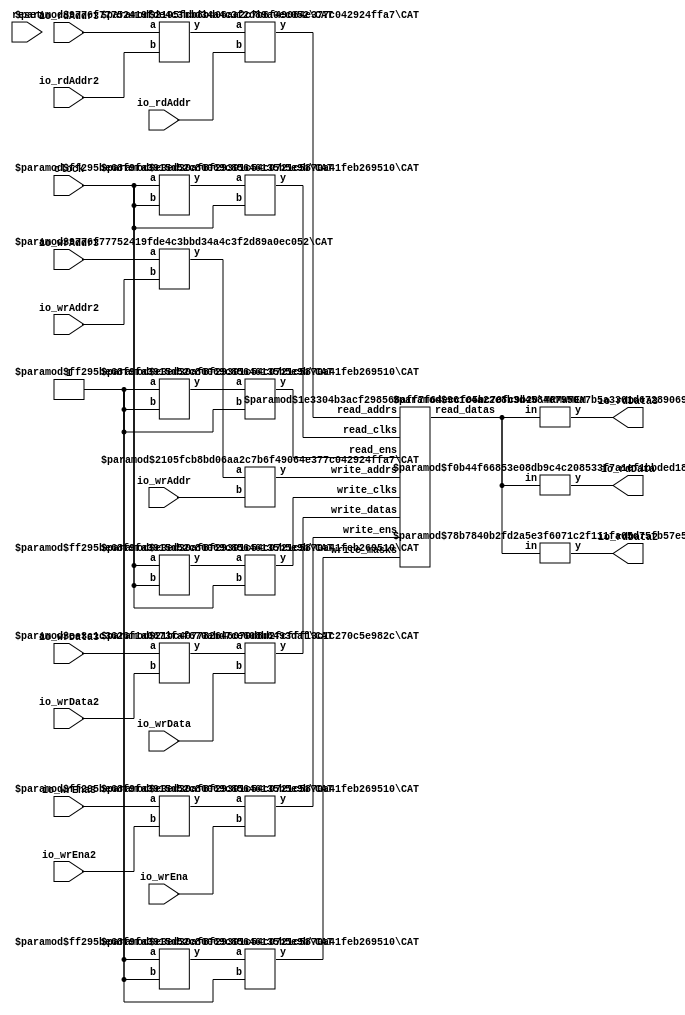
module Complex3R3WSMem(
    input clock,
    input reset,
    input [3:0] io_rdAddr,
    output [7:0] io_rdData,
    input [3:0] io_rdAddr2,
    output [7:0] io_rdData2,
    input [3:0] io_rdAddr3,
    output [7:0] io_rdData3,
    input io_wrEna,
    input [7:0] io_wrData,
    input [3:0] io_wrAddr,
    input io_wrEna2,
    input [7:0] io_wrData2,
    input [3:0] io_wrAddr2,
    input io_wrEna3,
    input [7:0] io_wrData3,
    input [3:0] io_wrAddr3
);
    wire [7:0] mem__T_37_data;
    wire mem__T_37_clk;
    wire mem__T_37_en;
    wire [3:0] mem__T_37_addr;
    wire [7:0] mem__T_38_data;
    wire mem__T_38_clk;
    wire mem__T_38_en;
    wire [3:0] mem__T_38_addr;
    wire [7:0] mem__T_39_data;
    wire mem__T_39_clk;
    wire mem__T_39_en;
    wire [3:0] mem__T_39_addr;
    wire mem__T_40_clk;
    wire mem__T_40_en;
    wire mem__T_40_mask;
    wire [3:0] mem__T_40_addr;
    wire [7:0] mem__T_40_data;
    wire mem__T_41_clk;
    wire mem__T_41_en;
    wire mem__T_41_mask;
    wire [3:0] mem__T_41_addr;
    wire [7:0] mem__T_41_data;
    wire mem__T_42_clk;
    wire mem__T_42_en;
    wire mem__T_42_mask;
    wire [3:0] mem__T_42_addr;
    wire [7:0] mem__T_42_data;
    wire [23:0] mem_read_datas;
    wire [2:0] mem_read_clks;
    wire [2:0] mem_read_ens;
    wire [11:0] mem_read_addrs;
    wire [2:0] mem_write_clks;
    wire [2:0] mem_write_ens;
    wire [2:0] mem_write_masks;
    wire [11:0] mem_write_addrs;
    wire [23:0] mem_write_datas;
    BITS #(.width(24), .high(7), .low(0)) bits_1 (
        .y(mem__T_37_data),
        .in(mem_read_datas)
    );
    BITS #(.width(24), .high(15), .low(8)) bits_2 (
        .y(mem__T_38_data),
        .in(mem_read_datas)
    );
    BITS #(.width(24), .high(23), .low(16)) bits_3 (
        .y(mem__T_39_data),
        .in(mem_read_datas)
    );
    wire [1:0] _WTEMP_0;
    CAT #(.width_a(1), .width_b(1)) cat_4 (
        .y(_WTEMP_0),
        .a(mem__T_39_clk),
        .b(mem__T_38_clk)
    );
    CAT #(.width_a(2), .width_b(1)) cat_5 (
        .y(mem_read_clks),
        .a(_WTEMP_0),
        .b(mem__T_37_clk)
    );
    wire [1:0] _WTEMP_1;
    CAT #(.width_a(1), .width_b(1)) cat_6 (
        .y(_WTEMP_1),
        .a(mem__T_39_en),
        .b(mem__T_38_en)
    );
    CAT #(.width_a(2), .width_b(1)) cat_7 (
        .y(mem_read_ens),
        .a(_WTEMP_1),
        .b(mem__T_37_en)
    );
    wire [7:0] _WTEMP_2;
    CAT #(.width_a(4), .width_b(4)) cat_8 (
        .y(_WTEMP_2),
        .a(mem__T_39_addr),
        .b(mem__T_38_addr)
    );
    CAT #(.width_a(8), .width_b(4)) cat_9 (
        .y(mem_read_addrs),
        .a(_WTEMP_2),
        .b(mem__T_37_addr)
    );
    wire [15:0] _WTEMP_3;
    CAT #(.width_a(8), .width_b(8)) cat_10 (
        .y(_WTEMP_3),
        .a(mem__T_42_data),
        .b(mem__T_41_data)
    );
    CAT #(.width_a(16), .width_b(8)) cat_11 (
        .y(mem_write_datas),
        .a(_WTEMP_3),
        .b(mem__T_40_data)
    );
    wire [1:0] _WTEMP_4;
    CAT #(.width_a(1), .width_b(1)) cat_12 (
        .y(_WTEMP_4),
        .a(mem__T_42_clk),
        .b(mem__T_41_clk)
    );
    CAT #(.width_a(2), .width_b(1)) cat_13 (
        .y(mem_write_clks),
        .a(_WTEMP_4),
        .b(mem__T_40_clk)
    );
    wire [1:0] _WTEMP_5;
    CAT #(.width_a(1), .width_b(1)) cat_14 (
        .y(_WTEMP_5),
        .a(mem__T_42_en),
        .b(mem__T_41_en)
    );
    CAT #(.width_a(2), .width_b(1)) cat_15 (
        .y(mem_write_ens),
        .a(_WTEMP_5),
        .b(mem__T_40_en)
    );
    wire [7:0] _WTEMP_6;
    CAT #(.width_a(4), .width_b(4)) cat_16 (
        .y(_WTEMP_6),
        .a(mem__T_42_addr),
        .b(mem__T_41_addr)
    );
    CAT #(.width_a(8), .width_b(4)) cat_17 (
        .y(mem_write_addrs),
        .a(_WTEMP_6),
        .b(mem__T_40_addr)
    );
    wire [1:0] _WTEMP_7;
    CAT #(.width_a(1), .width_b(1)) cat_18 (
        .y(_WTEMP_7),
        .a(mem__T_42_mask),
        .b(mem__T_41_mask)
    );
    CAT #(.width_a(2), .width_b(1)) cat_19 (
        .y(mem_write_masks),
        .a(_WTEMP_7),
        .b(mem__T_40_mask)
    );
    MRMWMEM #(.depth(16), .addrbits(4), .width(8), .readernum(3), .writernum(3), .isSyncRead(1)) mem (
        .read_datas(mem_read_datas),
        .read_clks(mem_read_clks),
        .read_ens(mem_read_ens),
        .read_addrs(mem_read_addrs),
        .write_clks(mem_write_clks),
        .write_ens(mem_write_ens),
        .write_masks(mem_write_masks),
        .write_addrs(mem_write_addrs),
        .write_datas(mem_write_datas)
    );
    assign mem__T_37_addr = io_rdAddr;
    assign mem__T_37_en = 1'h1;
    assign mem__T_37_clk = clock;
    assign mem__T_38_addr = io_rdAddr2;
    assign mem__T_38_en = 1'h1;
    assign mem__T_38_clk = clock;
    assign mem__T_39_addr = io_rdAddr3;
    assign mem__T_39_en = 1'h1;
    assign mem__T_39_clk = clock;
    assign mem__T_40_addr = io_wrAddr;
    assign mem__T_40_en = io_wrEna;
    assign mem__T_40_clk = clock;
    assign mem__T_40_mask = 1'h1;
    assign mem__T_41_addr = io_wrAddr2;
    assign mem__T_41_en = io_wrEna2;
    assign mem__T_41_clk = clock;
    assign mem__T_41_mask = 1'h1;
    assign mem__T_42_addr = io_wrAddr3;
    assign mem__T_42_en = io_wrEna3;
    assign mem__T_42_clk = clock;
    assign mem__T_42_mask = 1'h1;
    assign io_rdData = mem__T_37_data;
    assign io_rdData2 = mem__T_38_data;
    assign io_rdData3 = mem__T_39_data;
    assign mem__T_40_data = io_wrData;
    assign mem__T_41_data = io_wrData2;
    assign mem__T_42_data = io_wrData3;
endmodule //Complex3R3WSMem
module BITS(y, in);
    parameter width = 4;
    parameter high = 2;
    parameter low = 0;
    output [high-low:0] y;
    input [width-1:0] in;
    assign y = in[high:low];
endmodule // BITS
module CAT(y, a, b);
    parameter width_a = 4;
    parameter width_b = 4;
    output [width_a+width_b-1:0] y;
    input [width_a-1:0] a;
    input [width_b-1:0] b;
    assign y = {a, b};
endmodule // CAT
module MRMWMEM(read_datas, read_clks, read_ens, read_addrs, write_clks, write_ens, write_masks, write_addrs, write_datas);
    parameter depth = 16;
    parameter addrbits = 4;
    parameter width = 32;
    parameter readernum = 2;
    parameter writernum = 2;
    parameter isSyncRead = 0;
    output [(width*readernum-1):0] read_datas;
    input [(1*readernum-1):0] read_clks;
    input [(1*readernum-1):0] read_ens;
    input [(addrbits*readernum-1):0] read_addrs;
    input [1*writernum-1:0] write_clks;
    input [1*writernum-1:0] write_ens;
    input [1*writernum-1:0] write_masks;
    input [(addrbits*writernum-1):0] write_addrs;
    input [(width*writernum-1):0] write_datas;
    reg [width-1:0] memcore [0:depth-1];
    wire [(addrbits*readernum-1):0] final_read_addrs;
    genvar gv_n;
    generate
        for (gv_n = 0; gv_n < readernum; gv_n = gv_n + 1) begin: get_final_raddrs
            if (isSyncRead) begin: raddr_processor
                reg [addrbits-1:0] read_addr_pipe_0;
                always @(posedge read_clks[gv_n]) begin
                    if (read_ens[gv_n]) begin
                        read_addr_pipe_0 <= read_addrs[gv_n*addrbits +: addrbits];
                    end
                end
                assign final_read_addrs[gv_n*addrbits +: addrbits] = read_addr_pipe_0;
            end else begin: raddr_processor
                assign final_read_addrs[gv_n*addrbits +: addrbits] = read_addrs[gv_n*addrbits +: addrbits];
            end
        end
    endgenerate
    genvar gv_k;
    generate
        for (gv_k = 0; gv_k < readernum; gv_k = gv_k + 1) begin: form_read_datas
            assign read_datas[gv_k*width +: width] = memcore[final_read_addrs[gv_k*addrbits +: addrbits]];
        end
    endgenerate
    integer i;
    always @(posedge write_clks[0]) begin
        for (i = 0; i < writernum; i = i + 1) begin
            if (write_ens[i] & write_masks[i]) begin
                memcore[write_addrs[i*addrbits +: addrbits]] <= write_datas[i*width +: width];
            end
        end
    end
endmodule // MRMWMEM